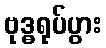
ဗုဒ္ဓရုပ်ပွား